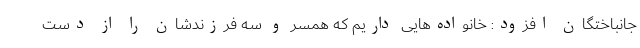
جانباختگان افزود: خانواده‌هایی داریم که همسر و سه فرزندشان را از دست